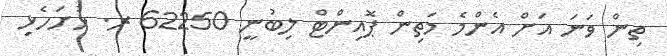
ތިން ވަނަ އަށް އެންމެ މަތިން ޕޮއިންޓް ލިބުނީ 62250 ރ. ހުށަހެޅި